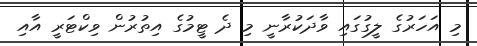
މި އަހަރުގެ ލީގުގައި ވާދަކުރާނީ މި ދެ ޓީމުގެ އިތުރުން ވިކްޓަރީ އާއި